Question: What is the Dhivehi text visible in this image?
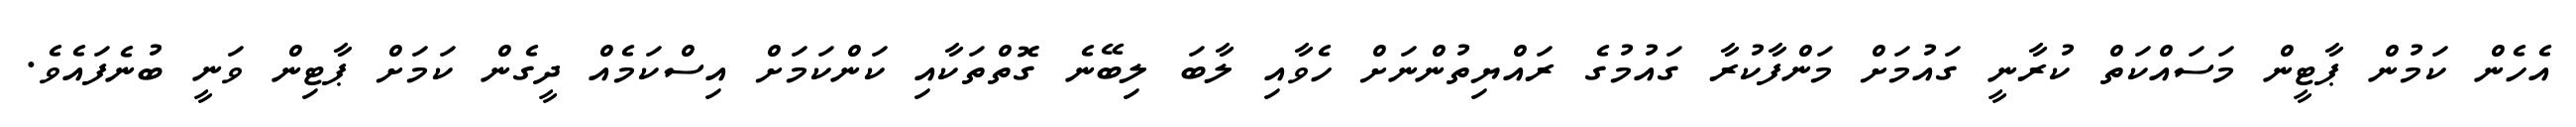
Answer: އެހެން ކަމުން ޕާޓީން މަސައްކަތް ކުރާނީ ގައުމަށް މަންފާކުރާ ގައުމުގެ ރައްޔިތުންނަށް ހެވާއި ލާބަ ލިބޭނެ ގޮތްތަކާއި ކަންކަމަށް އިސްކަމެއް ދީގެން ކަމަށް ޕާޓިން ވަނީ ބުނެފައެވެ.